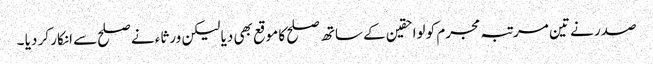
صدر نے تین مرتبہ مجرم کو لواحقین کے ساتھ صلح کا موقع بھی دیا لیکن ورثاء نے صلح سے انکار کر دیا ۔